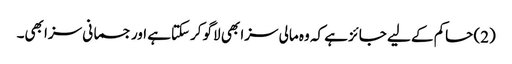
(2) حاکم کے لیے جائز ہے کہ وہ مالی سزا بھی لاگو کرسکتاہے اور جسمانی سزا بھی۔